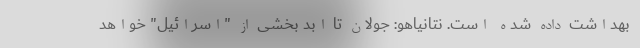
بهداشت داده شده است. نتانیاهو: جولان تا ابد بخشی از "اسرائیل" خواهد